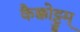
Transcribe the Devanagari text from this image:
कैक्कोट्टुम्